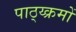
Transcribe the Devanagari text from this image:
पाठ्य्क्रमों